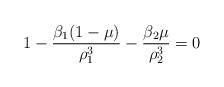
\begin{align*}1 - \frac{\beta_1(1- \mu)}{\rho_1^3} - \frac{\beta_2\mu}{\rho_2^3}= 0 \end{align*}